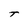
Character: t